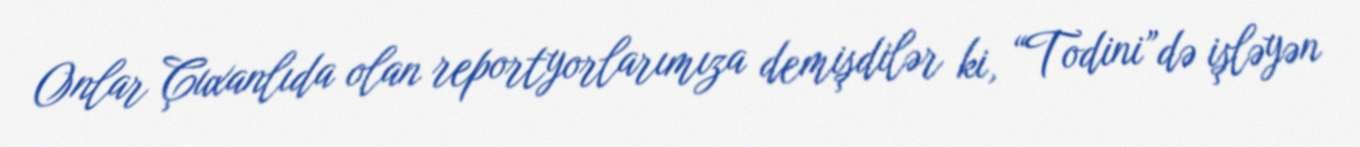
Onlar Çuxanlıda olan reportyorlarımıza demişdilər ki, “Todini”də işləyən